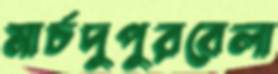
মার্চদুপুরবেলা